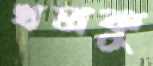
খলকু